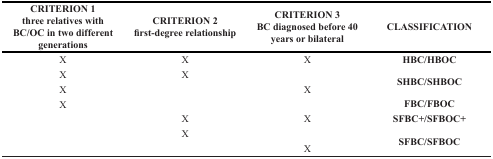
<table><thead><tr><td><b>CRITERION 1 three relatives with BC/OC in two different generations</b></td><td><b>CRITERION 2 first-degree relationship</b></td><td><b>CRITERION 3 BC diagnosed before 40 years or bilateral</b></td><td><b>CLASSIFICATION</b></td></tr></thead><tbody><tr><td>X</td><td>X</td><td>X</td><td><b>HBC/HBOC</b></td></tr><tr><td>X</td><td>X</td><td></td><td rowspan="2"><b>SHBC/SHBOC</b></td></tr><tr><td>X</td><td></td><td>X</td></tr><tr><td>X</td><td></td><td></td><td><b>FBC/FBOC</b></td></tr><tr><td></td><td>X</td><td>X</td><td><b>SFBC+/SFBOC+</b></td></tr><tr><td></td><td>X</td><td></td><td rowspan="2"><b>SFBC/SFBOC</b></td></tr><tr><td></td><td></td><td>X</td></tr></tbody></table>